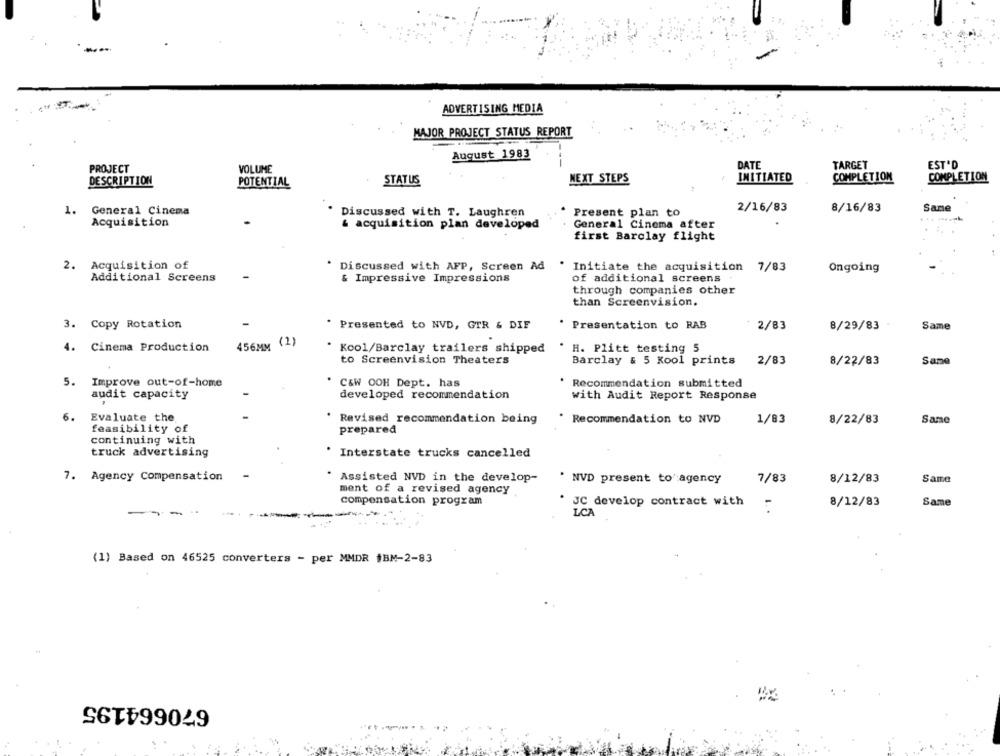
ADVERTISING MEDIA
MAJOR PROJECT STATUS REPORT
August 1983
DATE
TARGET
EST'D
PROJECT
VOLUME
DESCRIPTION
STATUS
NEXT STEPS
INITIATED
COMPLETION
COMPLETION
POTENTIAL
1. General Cinema
Discussed with T. Laughren
2/16/83
8/16/83
Same
Present plan to
Acquisition
& acquisition plan developed
General Cinema after
first Barclay flight
2. Acquisition of
Discussed with AFP, Screen Ad
* Initiate the acquisition 7/83
Ongoing
Additional Screens
& Impressive Impressions
of additional screens
through companies other
than Screenvision.
3. Copy Rotation
Presented to NVD, GTR & DIF
Presentation to RAB
2/83
Same
8/29/83
4. Cinema Production
456MM (1)
H. Plitt testing 5
Kool/Barclay trailers shipped
to Screenvision Theaters
Barclay & 5 Kool prints
2/83
8/22/83
Sane
5.
Improve out-of-home
C&W OOH Dept. has
Recommendation submitted
developed recommendation
audit capacity
with Audit Report Response
6.
Evaluate the
* Revised recommendation being
Recommendation to NVD
1/83
8/22/83
Same
feasibility of
prepared
continuing with
truck advertising
* Interstate trucks cancelled
7. Agency Compensation
Assisted NVD in the develop-
NVD present to agency
7/83
8/12/83
Same
ment of a revised agency
compensation program
JC develop contract with
8/12/83
Same
-
LCA
(1) Based on 46525 converters - per MMDR #BM-2-83
670664195